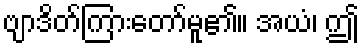
ဗျာဒိတ်ကြားတော်မူ၏။ အယံ၊ ဤ